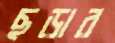
ছড়ার